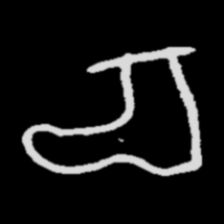
Pyu character \u2014 Myanmar letter: စ (romanized: ca)